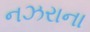
નઝરાના